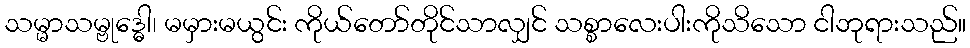
သမ္မာသမ္ဗုဒ္ဓေါ၊ မမှားမယွင်း ကိုယ်တော်တိုင်သာလျှင် သစ္စာလေးပါးကိုသိသော ငါဘုရားသည်။